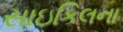
સાઇકિલના